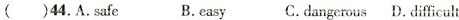
( )44.A.Safe B.easy C.dangerous D.difficult